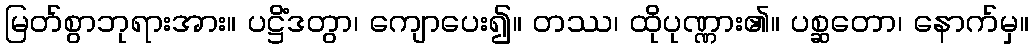
မြတ်စွာဘုရားအား။ ပဋ္ဌိံဒတွာ၊ ကျောပေး၍။ တဿ၊ ထိုပုဏ္ဏား၏။ ပစ္ဆတော၊ နောက်မှ။